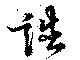
誥